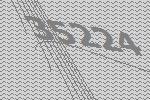
35224